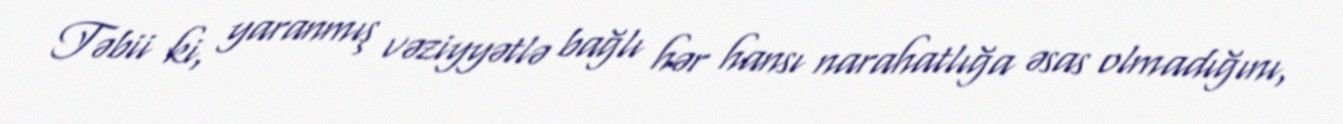
Təbii ki, yaranmış vəziyyətlə bağlı hər hansı narahatlığa əsas olmadığını,